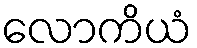
လောကိယံ